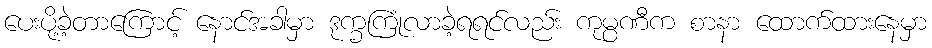
ပေးပို့ခဲ့တာကြောင့် နောင်အခါမှာ ဒုက္ခကြုံလာခဲ့ရရင်လည်း ကုမ္ပဏီက စာနာ ထောက်ထားနေမှာ